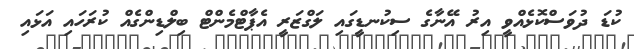
ކުޑަ ދުވަސްކޮޅެއްވީ އިރު އޭނާގެ ސިކުނޑީގައި ލަގްޒަރީ އެޕާޓްމެންޓް ބިލްޑިންގެއް ކުރަހައި އަޅައި